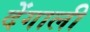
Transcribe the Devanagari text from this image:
देंगाली